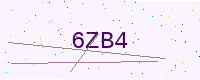
Text: 6ZB4